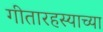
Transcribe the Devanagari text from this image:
गीतारहस्याच्या